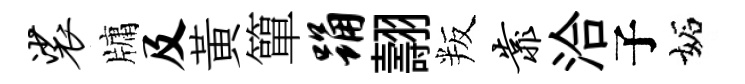
裟牗及黃簞踊翿叛靠洽子妬